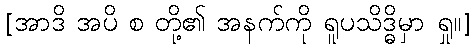
[အာဒိ အပိ စ တို့၏ အနက်ကို ရူပသိဒ္ဓိမှာ ရှု။]